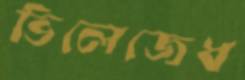
ভিলেজেধ